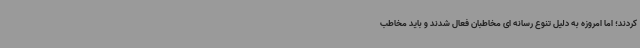
کردند؛ اما امروزه به دلیل تنوع رسانه ای مخاطبان فعال شدند و باید مخاطب